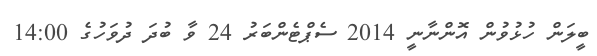
ބީލަން ހުޅުވުން އޮންނާނީ 2014 ސެޕްޓެންބަރު 24 ވާ ބުދަ ދުވަހުގެ 14:00